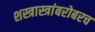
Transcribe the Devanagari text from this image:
शस्त्रास्त्रांबरोबरच